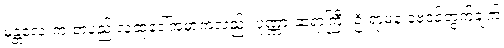
မန္တလေးက တပည့် လူထုဒေါ်အမာကလည်း ပုဏ္ဏားဆရာကြီး ဦးရာမနဲ့ ဗေဒင်တွက်ချက်